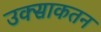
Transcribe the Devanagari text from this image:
उक्साकतन